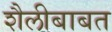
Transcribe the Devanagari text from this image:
शैलीबाबत